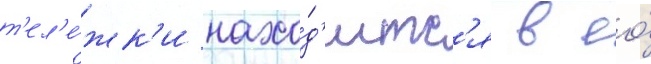
т'ел'е́жк'и нахо́д'итс'я в ео́